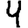
Digit: 9